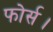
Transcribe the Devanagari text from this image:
फोर्स।